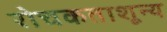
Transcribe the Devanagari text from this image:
रोचकताशून्य